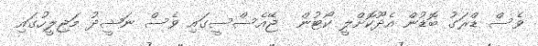
ވެސް ޑްރަގު ބޮޑުން އެދޫކޮށްލީ ކޯޓުން  ޖޭއެސްސީގައި ވެސް ނަޝީދު މަޖިލީހުގައި